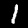
Label: 1